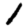
Digit: 1